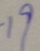
1 9